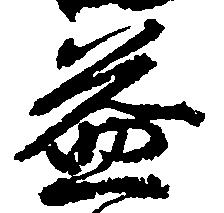
益